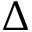
\Delta